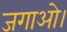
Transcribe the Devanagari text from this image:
जगाओ।